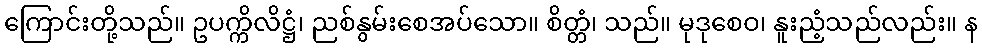
ကြောင်းတို့သည်။ ဥပက္ကိလိဋ္ဌံ၊ ညစ်နွမ်းစေအပ်သော။ စိတ္တံ၊ သည်။ မုဒုစေဝ၊ နူးညံ့သည်လည်း။ န